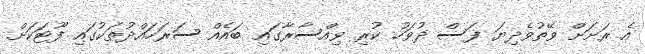
އެ ރަށަށް ވޭތުވެދިޔަ ފަސް ދުވަހު ކުރި ވިއްސާރާގައި ބައެއް ސަރަހައްދުތަކުގައި ފޫޓަކަށް